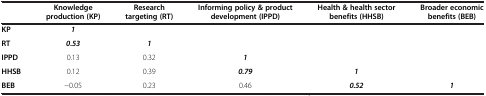
<table><thead><tr><td><b> </b></td><td><b>Knowledge production (KP)</b></td><td><b>Research targeting (RT)</b></td><td><b>Informing policy &amp; product development (IPPD)</b></td><td><b>Health &amp; health sector benefits (HHSB)</b></td><td><b>Broader economic benefits (BEB)</b></td></tr></thead><tbody><tr><td><b>KP</b></td><td><b><i>1</i></b></td><td> </td><td> </td><td> </td><td> </td></tr><tr><td><b>RT</b></td><td><b><i>0.53</i></b></td><td><b><i>1</i></b></td><td> </td><td> </td><td> </td></tr><tr><td><b>IPPD</b></td><td>0.13</td><td>0.32</td><td><b><i>1</i></b></td><td> </td><td> </td></tr><tr><td><b>HHSB</b></td><td>0.12</td><td>0.39</td><td><b><i>0.79</i></b></td><td><b><i>1</i></b></td><td> </td></tr><tr><td><b>BEB</b></td><td>-0.05</td><td>0.23</td><td>0.46</td><td><b><i>0.52</i></b></td><td><b><i>1</i></b></td></tr></tbody></table>